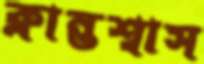
ক্লান্তশ্বাস